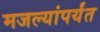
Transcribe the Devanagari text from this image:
मजल्यांपर्यंत